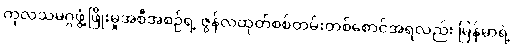
ကုလသမဂ္ဂဖွံ့ဖြိုးမှုအစီအစဉ်ရဲ့ ဇွန်လထုတ်စစ်တမ်းတစ်စောင်အရလည်း မြန်မာရဲ့